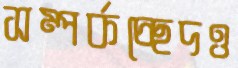
সম্পর্কচ্ছেদও